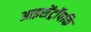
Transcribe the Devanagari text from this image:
आइसेंट्रॉपकि